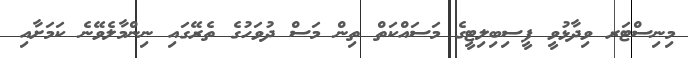
މިނިސްޓަރ ވިދާޅުވީ ފީސިބިލިޓީގެ މަސައްކަތް ތިން މަސް ދުވަހުގެ ތެރޭގައި ނިންމާލެވޭނެ ކަަމަށާއި